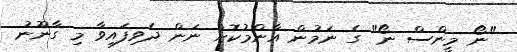
"ނޯ މީންސް ނޯ" ގެ ނަމުން އާންމުކޮށް ނަން ދެވިފައިވާ މި ގާނޫނު